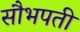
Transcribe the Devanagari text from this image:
सौभपती